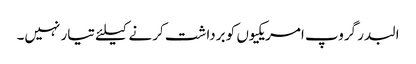
البدر گروپ امریکیوں کو برداشت کرنے کیلئے تیار نہیں۔